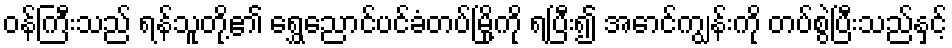
ဝန်ကြီးသည် ရန်သူတို့၏ ရွှေညောင်ပင်ခံတပ်မြို့ကို ရပြီး၍ အောင်ကျွန်းကို တပ်စွဲပြီးသည်နှင့်